Report on vaccination in Madras 1904-1921 - 1904-1921
Year: 1904
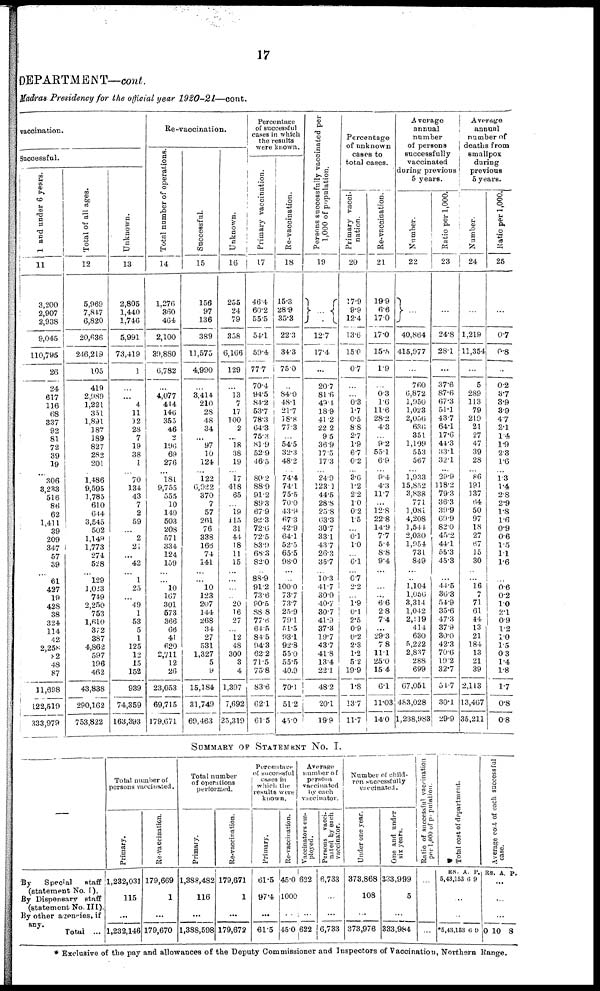
17
DEPARTMENT—cont.
Madras Presidency for the official year
1920-21—cont.
vaccination.
Successful.
1 and under 6 years.
11
3,200
2,907
2,938
9,045
110,795
26
24
617
116
68
337
92
81
72
39
19
306
3,233
516
86
62
1,411
39
209
347
57
39
61
427
19
428
38
324
114
42
2,258
82
48
87
11,698
122,519
333,979
Total of all ages.
12
5,969
7,847
6,820
20,636
246,219
105
419
2,989
1,221
351
1,891
187
189
827
282
201
1,486
9,595
1,785
610
644
3,545
502
1,149
1,773
274
528
129
1,023
749
2,250
753
1,610
372
387
4,862
597
196
462
43,838
290,162
753,822
Unknown.
13
2,805
1,440
1,746
5,991
73,419
1
...
...
4
11
12
28
7
19
38
1
70
134
43
7
2
59
...
2
21
...
42
1
25
...
49
1
53
5
1
125
12
15
152
939
74,359
163,393
Re-vaccination.
Total number of operations.
14
1,276
360
464
2,100
39,880
6,782
...
4,077
444
146
355
46
2
196
69
276
181
9,755
555
10
149
503
208
571
334
124
159
...
10
167
301
573
366
66
41
620
2,711
12
26
23,053
69,715
179,671
Successful.
15
156
97
136
389
11,575
4,990
...
3,414
210
28
48
34
...
97
10
124
122
6,922
370
7
57
261
76
338
166
74
141
...
10
123
207
144
268
34
27
531
1,327
5
9
15,184
31,749
69,463
Unknown.
16
255
24
79
358
6,166
129
...
13
7
17
100
2
...
18
38
19
17
418
65
...
19
115
31
44
18
11
15
...
...
...
20
16
27
...
12
48
300
3
4
1,397
7,692
25,319
Percentage
of successful
cases in which
the results
were known.
Primary vaccination.
17
46.4
60.2
55.5
54.1
59.4
77.7
70.4
94.5
84.2
53.7
78.3
64.3
75.3
81.9
52.9
46.5
80.2
88.9
91.2
89.3
67.9
92.3
72.6
72.5
83.9
68.3
82.0
88.9
91.2
73.6
90.5
88.8
77.6
64.5
84.5
94.3
62.2
71.5
75.8
83.6
62.1
61.5
Re-vaccination.
18
15.3
28.9
35.3
22.3
34.3
75.0
...
84.0
48.1
21.7
18.8
77.3
...
54.5
32.3
48.2
74.4
74.1
75.5
70.0
43.9
67.3
42.9
64.1
52.5
65.5
98.0
...
100.0
73.7
73.7
25.9
79.1
51.5
93.1
92.8
55.0
55.5
40.9
70.1
51.2
45.0
Persons successfully vaccinated per
1,000 of population.
19
...
12.7
17.4
...
20.7
81.6
49.1
18.9
41.2
22.2
9.5
36.9
17.5
17.3
24.9
123.1
44.5
28.8
25.8
63.3
30.7
33.1
43.7
26.3
35.7
10.3
41.7
30.0
40.7
30.7
41.9
37.3
19.7
43.7
41.8
13.4
22.1
48.2
20.1
19.9
Percentage
of unknown
cases to
total cases.
Primary vacci-
nation.
20
17.9
9.9
12.4
13.6
15.0
0.7
...
...
0.3
1.7
0.5
8.8
2.7
1.9
6.7
0.2
3.6
1.2
2.2
1.0
0.2
1.5
...
0.1
1.0
...
6.1
0.7
2.2
...
1.9
0.1
2.5
0.9
0.2
2.3
1.2
5.2
19.9
1.8
13.7
11.7
Re-vaccination.
21
19.9
6.6
17.0
17.0
15.5
1.9
...
0.3
1.6
11.6
28.2
4.3
...
9.2
55.1
6.9
9.4
4.3
11.7
...
12.8
22.8
14.9
7.7
5.4
8.8
9.4
...
...
...
6.6
2.8
7.4
...
29.3
7.8
11.1
25.0
15.4
6.1
11.03
14.0
Average
annual
number
of persons
successfully
vaccinated
during previous
5 years.
Number.
22
...
40,864
415,977
...
760
6,872
1,950
1,023
2,056
636
351
1,109
553
567
1,933
15,852
3,838
771
1,081
4,208
1,541
2,030
1,954
731
849
...
1,104
1,056
3,314
1,042
2,119
414
630
5,222
2,837
288
699
67,051
483,028
1,238,983
Ratio per 1,000.
23
...
24.8
28.1
...
37.6
87.6
67.3
51.1
43.7
64.1
17.6
44.3
33.1
32.1
29.9
118.2
79.3
36.3
39.9
69.9
82.0
45.2
44.1
55.3
45.3
...
44.5
36.3
54.9
35.6
47.3
37.9
30.0
42.3
70.6
19.2
32.7
51.7
30.1
29.9
Average
annual
number of
deaths from
smallpox
during
previous
5 years.
Number.
24
...
1,219
11,354
...
5
289
113
79
219
21
27
47
39
28
86
191
137
64
50
97
18
27
67
15
30
...
16
7
71
61
44
13
21
184
13
21
39
2,113
13,467
35,211
Ratio per 1,000.
25
...
0.7
0.8
...
0.2
3.7
3.9
3.9
4.7
2.1
1.4
1.9
2.3
1.6
1.3
1.4
2.8
2.9
1.8
1.6
0.9
0.6
1.5
1.1
1.6
...
0.6
0.2
1.0
2.1
0.9
1.2
1.0
1.5
0.3
1.4
1.8
1.7
0.8
0.8
SUMMARY OF STATEMENT No. I.
—
By
Special
staff
(statement No. I).
By Dispensary staff
(statetment No. III).
By other agencies, if
any.
Total ...
Total number of
persons vaccinated.
Primary.
1,232,031
115
...
1,232,146
Re-vaccination.
179,669
1
...
179,670
Total number
of operations
performed.
Primary.
1,388,482
116
...
1,388,598
Re-vaccination.
179,671
1
...
179,672
Percentage
of successful
cases in
which the
results were
known.
Primary.
61.5
97.4
...
61.5
Re-vaccination.
45.0
1000
...
45.0
Average
number of
persons
vaccinated
by each
vaccinator.
Vaccinators em-
ployed.
622
...
622
Persons vacci-
nated by each
vaccinator.
6,733
...
...
6,733
Number of child-
ren successfully
vaccinated.
Under one year.
373,868
108
...
373,976
One and under
six years.
333,999
5
...
333,984
Ratio of successful vaccination
per 1,000 of population.
...
...
...
...
Total cost of department.
RS.
5,43,153
A.
6
P.
9
...
...
*5,43,153 6 9
Average cost of each successful
case.
RS. A. P.
...
...
...
0 10 8
* Exclusive of the pay and allowances of the Deputy Commissioner and Inspectors of Vaccination, Northern Range.